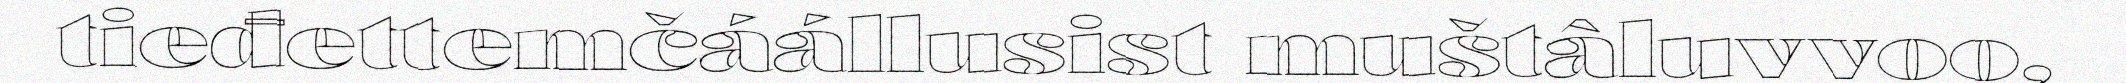
tieđettemčáállusist muštâluvvoo,